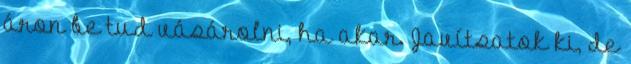
áron be tud vásárolni, ha akar. Javítsatok ki, de